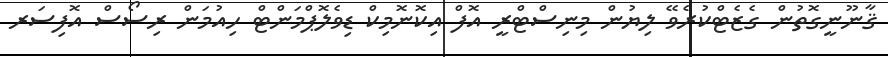
ޤާނޫނީގޮތުން ގެޒެޓްކުރެވޭ ލިޔުން މިނިސްޓްރީ އޮފް އިކޮނޮމިކް ޑިވެލޮޕްމަންޓް ހިއުމަން ރިސޯސް އޮފިސަރ